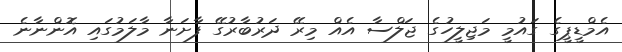
އެމްޑީޕީގެ ގައުމީ މަޖިލީހުގެ ޖަލްސާ އެއް މިރޭ ދަރުބާރުގޭ ފާށަނާ މާލަމުގައި އޮންނާނެ